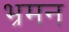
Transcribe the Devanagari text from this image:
भ्रमन